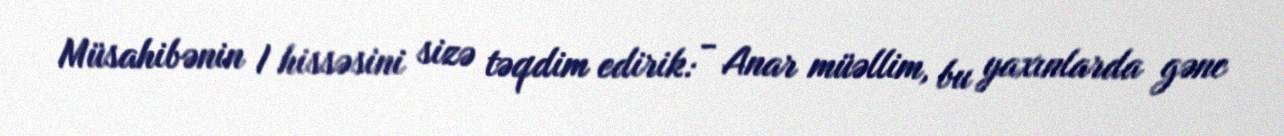
Müsahibənin I hissəsini sizə təqdim edirik: - Anar müəllim, bu yaxınlarda gənc